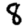
Digit: 8